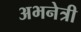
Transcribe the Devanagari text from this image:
अभनेत्री